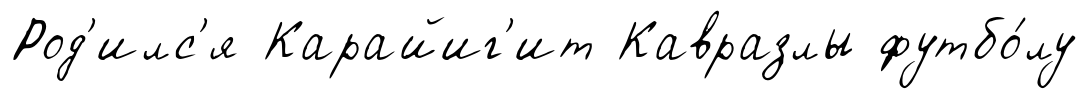
Род'илс'я Карайиг'ит Кавразлы футбо́лу